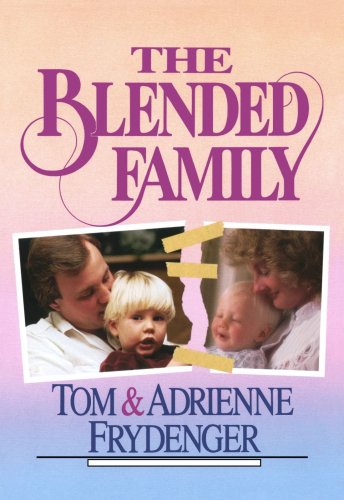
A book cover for Blended Family, The; Tom Frydenger; Parenting & Relationships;